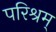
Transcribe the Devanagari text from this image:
परिश्रम्